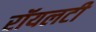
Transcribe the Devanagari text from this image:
रॉयलटी